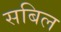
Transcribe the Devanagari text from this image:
सबिल